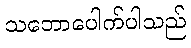
သဘောပေါက်ပါသည်